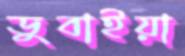
ডুবাইয়া